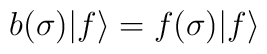
b(\sigma)|f\rangle =f(\sigma)|f\rangle